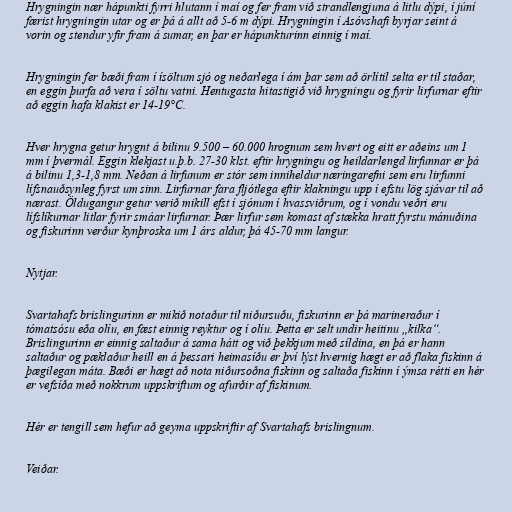
Hrygningin nær hápunkti fyrri hlutann í maí og fer fram við strandlengjuna á litlu dýpi, í júní
færist hrygningin utar og er þá á allt að 5-6 m dýpi. Hrygningin í Asóvshafi byrjar seint á
vorin og stendur yfir fram á sumar, en þar er hápunkturinn einnig í maí.

Hrygningin fer bæði fram í ísöltum sjó og neðarlega í ám þar sem að örlítil selta er til staðar,
en eggin þurfa að vera í söltu vatni. Hentugasta hitastigið við hrygningu og fyrir lirfurnar eftir
að eggin hafa klakist er 14-19°C.

Hver hrygna getur hrygnt á bilinu 9.500 – 60.000 hrognum sem hvert og eitt er aðeins um 1
mm í þvermál. Eggin klekjast u.þ.b. 27-30 klst. eftir hrygningu og heildarlengd lirfunnar er þá
á bilinu 1,3-1,8 mm. Neðan á lirfunum er stór sem inniheldur næringarefni sem eru lirfunni
lífsnauðsynleg fyrst um sinn. Lirfurnar fara fljótlega eftir klakningu upp í efstu lög sjávar til að
nærast. Öldugangur getur verið mikill efst í sjónum í hvassviðrum, og í vondu veðri eru
lífslíkurnar litlar fyrir smáar lirfurnar. Þær lirfur sem komast af stækka hratt fyrstu mánuðina
og fiskurinn verður kynþroska um 1 árs aldur, þá 45-70 mm langur.

Nytjar.

Svartahafs brislingurinn er mikið notaður til niðursuðu, fiskurinn er þá marineraður í
tómatsósu eða olíu, en fæst einnig reyktur og í olíu. Þetta er selt undir heitinu „kilka“.
Brislingurinn er einnig saltaður á sama hátt og við þekkjum með síldina, en þá er hann
saltaður og pæklaður heill en á þessari heimasíðu er því lýst hvernig hægt er að flaka fiskinn á
þægilegan máta. Bæði er hægt að nota niðursoðna fiskinn og saltaða fiskinn í ýmsa rétti en hér
er vefsíða með nokkrum uppskriftum og afurðir af fiskinum.

Hér er tengill sem hefur að geyma uppskriftir af Svartahafs brislingnum.

Veiðar.